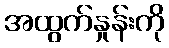
အထွက်နှုန်းကို